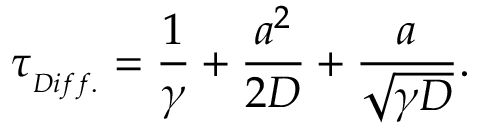
\tau _ { _ { D i f f . } } = \frac { 1 } { \gamma } + \frac { a ^ { 2 } } { 2 D } + \frac { a } { \sqrt { \gamma D } } .